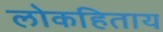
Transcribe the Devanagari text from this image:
लोकहिताय